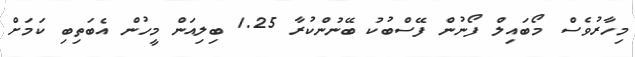
މިހާރުވެސް މޯބައިލް ފޯނުން ފޭސްބުކު ބޭނުންކުރާ 1.25 ބިލިއަން މީހުން އެބަތިބި ކަމަށް